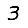
Digit: 3